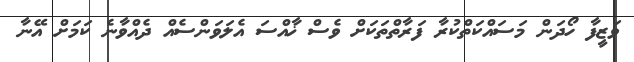
ވަޒީފާ ހޯދަން މަސައްކަތްކުރާ ފަރާތްތަކަށް ވެސް ޚާއްސަ އެލަވަންސެއް ދެއްވާނެ ކަމަށް އޭނާ